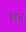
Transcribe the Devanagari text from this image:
टिन्